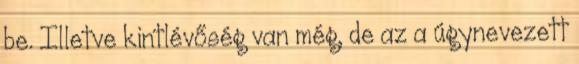
be. Illetve kintlévőség van még, de az a úgynevezett